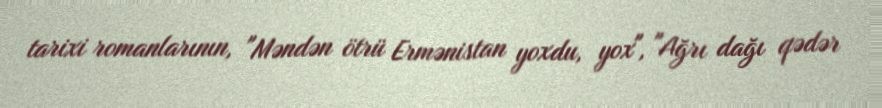
tarixi romanlarının, "Məndən ötrü Ermənistan yoxdu, yox", "Ağrı dağı qədər